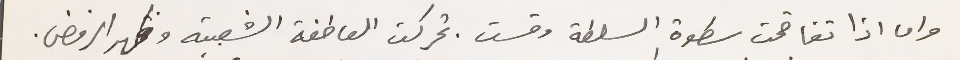
اذا تفاقمت سطوة السلطة وقست. تحركت العاطفة الشعبية وظهر الرفض.